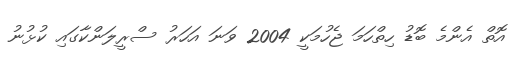
އޮތް އެންމެ ބޮޑު ހިތްހަމަ ޖެހުމަކީ 2004 ވަނަ އަހަރު ސްރީލަންކާގައި ކުޅުނު